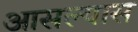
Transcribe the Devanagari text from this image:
आसल्यास